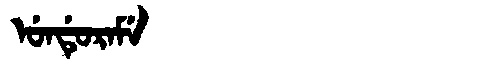
Manchu: ᡠᠨᡩᡠᡵᠠᠮᡝ
Romanization: UNDURAME